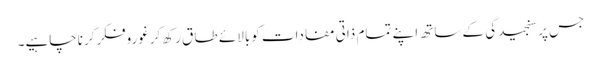
جس پرسنجیدگی کے ساتھ اپنے تمام ذاتی مفادات کوبالائے طا ق رکھ کرغوروفکرکرناچاہیے۔